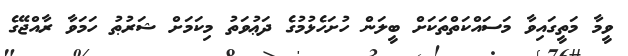
ވީމާ މަތީގައިވާ މަސައްކަތްތަކަށް ބީލަން ހުށަހެޅުމުގެ ދަޢުވަތު މިކަމަށް ޝަރުޠު ހަމަވާ ރާއްޖޭގެ